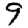
Digit: 9